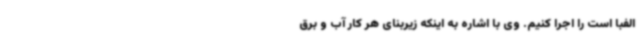
الفبا است را اجرا کنیم. وی با اشاره به اینکه زیربنای هر کار آب و برق